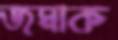
জমাক